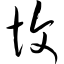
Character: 愎